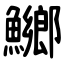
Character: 鱜